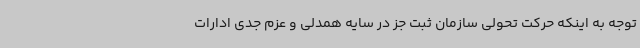
توجه به اینکه حرکت تحولی سازمان ثبت جز در سایه همدلی و عزم جدی ادارات